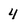
Character: 4